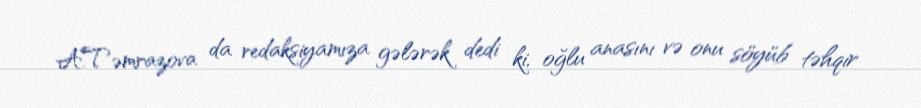
A.Təmrazova da redaksiyamıza gələrək dedi ki, oğlu anasını və onu söyüb təhqir